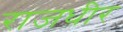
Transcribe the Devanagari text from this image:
राजधीर